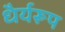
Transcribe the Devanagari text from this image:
धैर्यरूप